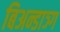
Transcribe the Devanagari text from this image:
बिअन्डाञ्ग